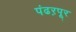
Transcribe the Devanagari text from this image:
पंढऱपूर